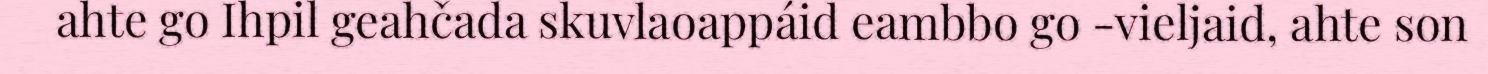
ahte go Ihpil geahčada skuvlaoappáid eambbo go -vieljaid, ahte son